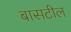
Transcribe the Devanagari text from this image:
बासटील